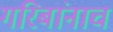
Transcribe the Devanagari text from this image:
गरिबांनाच